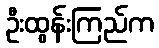
ဦးထွန်းကြည်က